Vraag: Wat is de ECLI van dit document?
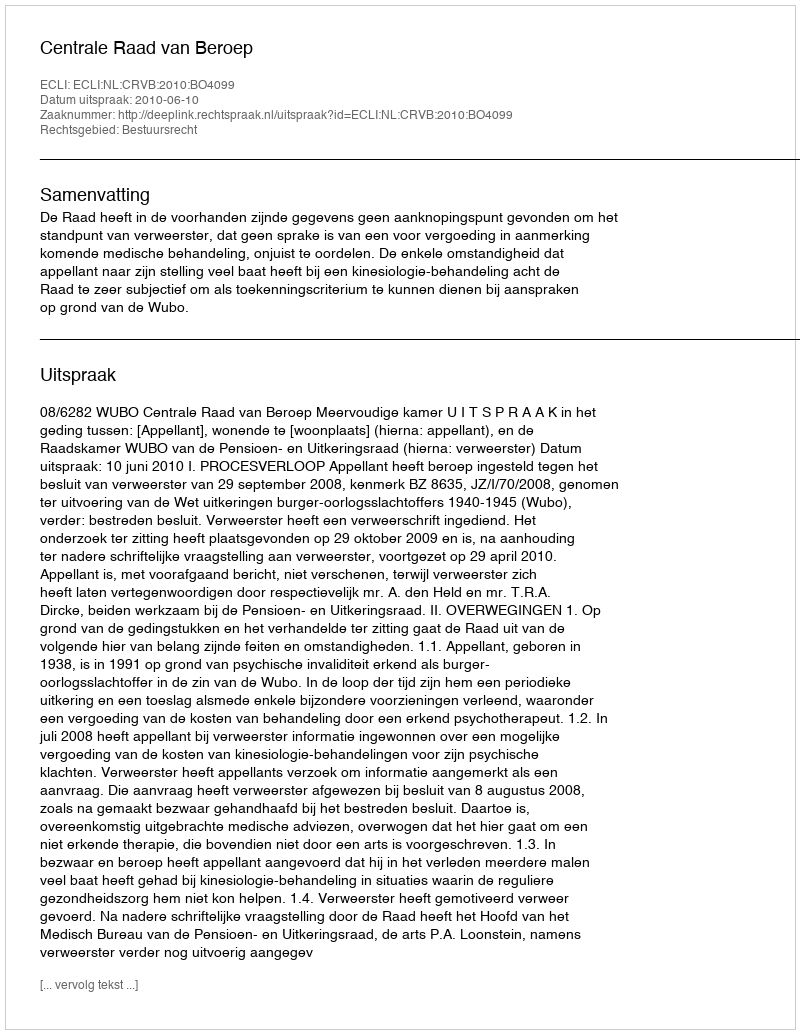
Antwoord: ECLI:NL:CRVB:2010:BO4099